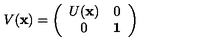
V ( { \bf x } ) = \left( \begin{array} { c c } { U ( { \bf x } ) } & { 0 } \\ { 0 } & { { \bf 1 } } \\ \end{array} \right)